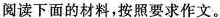
阅读下面的材料，按照要求作文。